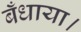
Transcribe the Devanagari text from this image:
बँधाया।